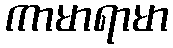
ကာမာရာမာ